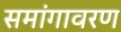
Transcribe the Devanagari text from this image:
समांगावरण